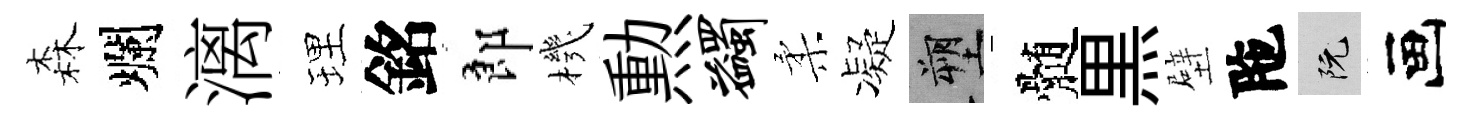
森爛漓理銘郎機勲蠲柔凝塑髄黒壁陁阮画